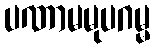
ပဏာမမုပဂမ္မ